Vaccination in Burma 1920-1933 - 1920-1933
Year: 1920
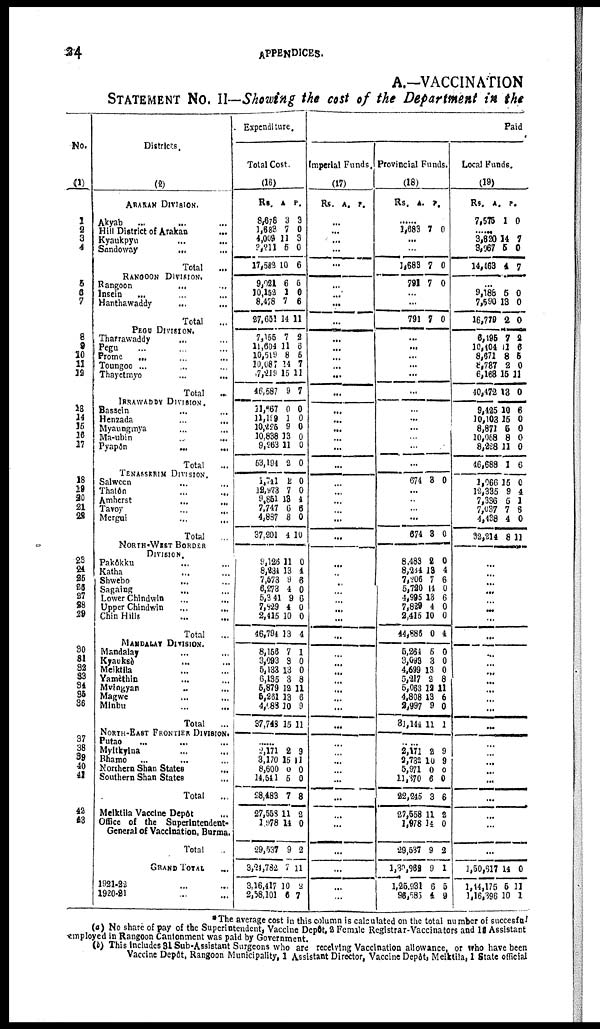
24
APPENDICES.
A.—VACCINATION
STATEMENT NO. II—Showing the cost of the Department in the
No.
(1)
1
2
3
4
5
6
7
8
9
10
11
12
13
14
15
16
17
18
19 20
21
22
23 24
25
26
27
28 29
30
31
32
33 34
35
36
37
38
39
40
41
42
43
Districts.
(2)
ARAKAN DIVISION.
Akyab
... ... ...
Hill District of Arakan ...
Kyaukpyu ... ...
Sandoway
... ...
Total
...
RANGOON DIVISION.
Rangoon ... ...
Insein
...
...
...
Hanthawaddy
...
...
Total
...
PEGU DIVISION.
Tharrawaddy ... ...
pegu
...
...
...
Prome ... ... ...
Toungoo ...
Thayetmyo ... ...
Total ...
IRRAWADDY DIVISION.
Bassein ... ... ...
Henzada
... ...
Myaungmya ... ...
Ma-ubin
... ...
Pyapôn ... ...
Total
...
TENASSERIM DIVISION.
Salween ... ...
Thatôn ... ...
Amherst ... ...
Tavoy
...
...
Mergui ... ...
Total ...
NORTH-WIST BORDER
DIVISION.
Pakôkku ... ...
Katha ... ...
Shwebo ... ...
Sagaing ... ...
Lower Chindwin
... ...
Upper Chindwin ... ...
Chin Hills ... ...
Total
...
MANDALAY DIVISION.
Mandatey ... ...
Kyauksè ... ...
Meiktila ... ...
Yamèthin ... ...
Myingyan ... ...
Magwe
...
...
Minbu
...
...
Total ...
NORTH-EAST FRONTIER DIVISION.
Putao ... ... ...
Myitkytna ... ...
Bhamo ... ...
Northern Shan States ...
Southern Shan States ...
Total
...
Meiktila Vaccine Depôt ...
Office of the Superintendent-
General of Vaccination, Burma.
Total ...
GRAND TOTAL ...
1921-22 ... ...
1920-21
...
...
Expenditure.
Total Cost.
(16)
Rs.
8,678
1,683
4,009
3,211
17,582
A
3
7
11
5
10
P.
3
0
3
0
6
9,021
10,152
8,478
27,651
6
1
7
14
5
0
6
11
7,155
11,604
10,519
10,087
7,219
46,587
7
11
8
14
15
9
2
6
5
7
11
7
11,667
11,199
10,225
10,838
9,263
53,194
0
1
9
13
11
2
0
0
0
0 0
0
1,741
12,973
9,851
7,747
4,887
37,201
2
7
13
6
8
4
0
0
4
6
0
10
9,126
8,234
7,573
6,273
5,341
7,829
2,415
46,794
11
13
9
4
9
4
10
13
0
4
6
0
6
0 0
4
8,156
3,093
5,133
6,135
5,879
5,261
4,188
37,748
7
3
13
3
12
13
10
15
1
0
0
8
11
6
9
11
...
2,171
3,170
8,600
14,541
28,483
27,558
1,978
29,537
3,24,782
3,16,417
2,58,101
2
15
0
5
7
11
14
9
7
10
6
9
11
0
0
8
2
0
2
11
2
7
Paid
Imperial Funds.
(17)
Rs. A. P.
...
...
...
...
...
...
...
...
...
...
...
...
...
...
...
...
...
...
...
...
...
...
...
...
...
...
...
... ...
...
...
...
... ...
...
...
...
...
...
...
...
...
...
...
...
...
...
...
...
...
...
...
...
...
...
Provincial Funds.
(18)
Rs.
A.
P.
......
1,683 7 0
...
...
1,683 7 0
791 7 0
...
...
791 7 0
...
...
...
...
...
...
...
...
...
...
...
...
674 3 0
...
...
...
...
674 3 0
8,488
8,234
7,206
5,720
4,995
7,829
2,415
44,886
2
13
7
14
13
4
10
0
0
4
6
0
6
0
0
4
5,264
3,093
4,699
5,217
5,063
4,808
2,997
31,114
5
3
13
2
12
13
9
11
0
0
0
8
11
6
0
1
......
2,171
3,732
5,971
11,870
22,245
27,558
1,978
29,537
1,30,962
1,25,931
96,585
2
10
0
6
3
11
14
9
9
6
4
9
9
0
0
6
2
0
2
1
5
9
Local Funds.
(19)
Rs.
7,575
A.
1
P.
0
......
3,820
3,067
14,463
14
5
4
7
0
7
...
9,189
7,590
16,779
5
13
2
0
0
0
6,195
10,404
8,671
8,737
6,168
40,472
7
11
8
2
15
18
2
6 5
0
11
0
9,425
10,103
8,871
10,058
8,228
46,688
10
15
5
8
11
1
6
0
0
0
0
6
1,966
12,335
7,336
7,037
4,438
32,214
15
9 5
7
4
8
0
4 1
6
0
11
...
...
...
...
...
...
...
...
...
...
...
...
...
...
...
...
...
...
...
...
...
...
...
...
...
1,50,617
1,14,175
1,16,396
14
5
10
0
11
1
*The average cost in this column is calculated on the total number of successful
(a) No share of pay of the Superintendent, Vaccine Depôt. 2 Female Registrar-Vaccinators and 13 Assistant
employed in Rangoon Cantonment was paid by Government.
(b) This include 31 Sub-Assistant Surgeons who are receiving Vaccination allowance, or who have been
Vaccine Depôt, Rangoon Municipality, 1 Assistant Director, Vaccine Depôt, Meiktila, 1 State official